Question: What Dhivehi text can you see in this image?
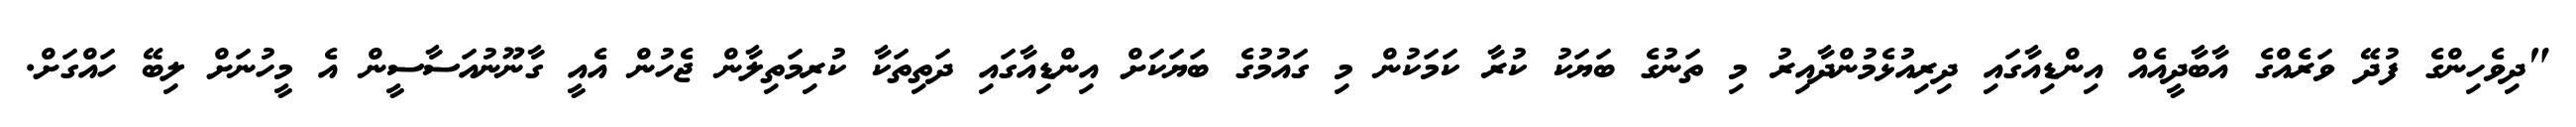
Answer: "ދިވެހިންގެ ފުދޭ ވަރެއްގެ އާބާދީއެއް އިންޑިއާގައި ދިރިއުޅެމުންދާއިރު މި ތަނުގެ ބަޔަކު ކުރާ ކަމަކުން މި ގައުމުގެ ބަޔަކަށް އިންޑިއާގައި ދަތިތަކާ ކުރިމަތިލާން ޖެހުން އެއީ ގާނޫނުއަސާސީން އެ މީހުނަށް ލިބޭ ހައްގަށް.